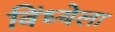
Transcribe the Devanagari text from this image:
विंध्येला